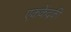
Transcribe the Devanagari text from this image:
एककेंद्रकी